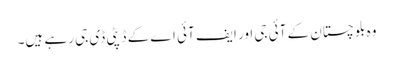
وہ بلوچستان کے آئی جی اور ایف آئی اے کے ڈپٹی ڈی جی رہے ہیں۔